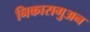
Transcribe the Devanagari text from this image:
निकारागुअन